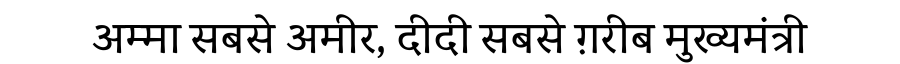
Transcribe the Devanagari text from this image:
अम्मा सबसे अमीर, दीदी सबसे ग़रीब मुख्यमंत्री